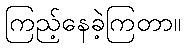
ကြည့်နေခဲ့ကြတာ။